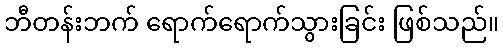
ဘီတန်းဘက် ရောက်ရောက်သွားခြင်း ဖြစ်သည်။